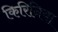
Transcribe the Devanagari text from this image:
किरिनिया